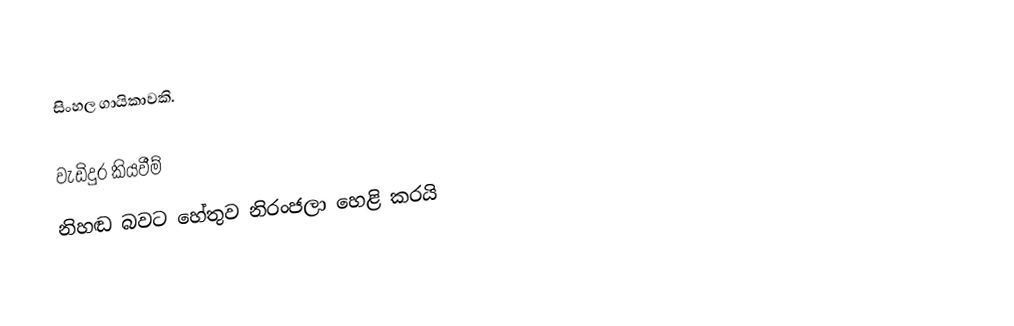
සිංහල ගායිකාවකි.

වැඩිදුර කියවීම්
 නිහඬ බවට හේතුව නිරංජලා හෙළි කරයි